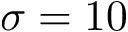
\sigma = 1 0